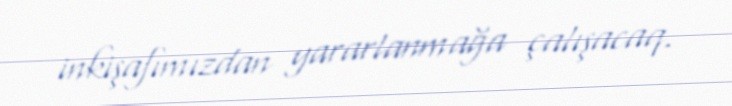
inkişafımızdan yararlanmağa çalışacaq.